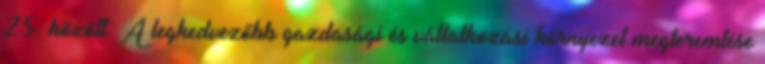
25. között. A legkedvezőbb gazdasági és vállalkozási környezet megteremtése